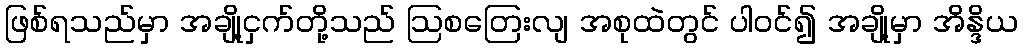
ဖြစ်ရသည်မှာ အချို့ငှက်တို့သည် ဩစတြေးလျ အစုထဲတွင် ပါဝင်၍ အချို့မှာ အိန္ဒိယ